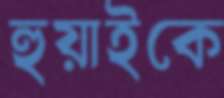
হুয়াইকে